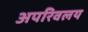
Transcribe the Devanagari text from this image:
अपरिवलय